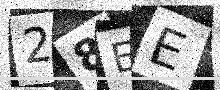
Text: 28EE